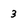
Character: 3